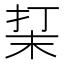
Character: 𰓮